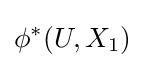
\phi ^{*}(U,X_{1})